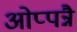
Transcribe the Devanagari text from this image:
ओप्पन्नै